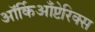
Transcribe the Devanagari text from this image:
ऑर्किआँप्टेरिक्स